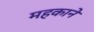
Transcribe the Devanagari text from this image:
महकाने